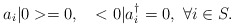
\begin{align*}a_{i}|0> = 0,\ \ \ <0|a_{i}^{\dagger} = 0 ,\ \forall i \in S.\end{align*}